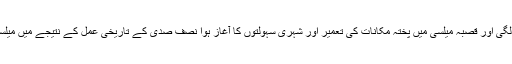
زرعی آمدنی اور معاشی ترقی کی بدولت پاکستان بننے کے کچھ عرصے بعد زمینداروں کی حالت سدھرنے لگی اور قصبہ میلسی میں پختہ مکانات کی تعمیر اور شہری سہولتوں کا آغاز ہوا نصف صدی کے تاریخی عمل کے نتیجے میں میلسی شہرا دردرجنوں قصبات و دیہات میں بجلی ، ٹیلی فون ، تعلیم ، اور دوسری شہری سہولتیں پہنچ چکی ہیں ۔